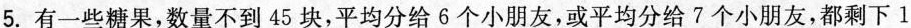
5.有一些糖果，数量不到45块，平均分给6个小朋友，或平均分给7个小朋友，都剩下1